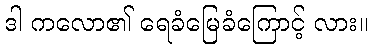
ဒါ ကလော၏ ရေခံမြေခံကြောင့် လား။